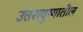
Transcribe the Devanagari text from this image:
उत्तरायुष्यातील